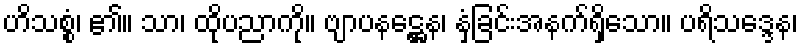
ဟိသစ္စံ၊ ၏။ သာ၊ ထိုပညာကို။ ဗျာပနဋ္ဌေန၊ နှံ့ခြင်းအနက်ရှိသော။ ပရိသဒ္ဒေန၊